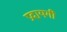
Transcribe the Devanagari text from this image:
प्रदायगी